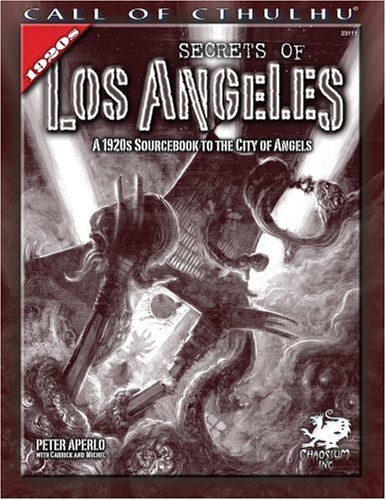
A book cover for Secrets of Los Angeles: A Guidebook to the City of Angels in the 1920s (Call of Cthulhu Roleplaying); Peter Aperlo; Science Fiction & Fantasy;